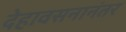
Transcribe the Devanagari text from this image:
देहावसनानंतर